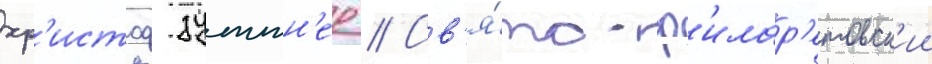
хр'истоф зуттн'ер // Св'я́то-ф'илар'етовск'ии